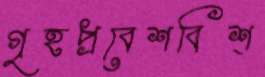
গৃহপ্রবেশবিশ্